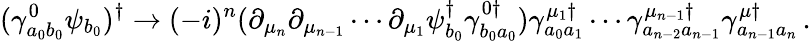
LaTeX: (\gamma_{a_{0}b_{0}}^{0}\psi_{b_{0}})^{\dagger}\rightarrow(-i)^{n}(\partial_{\mu_{n}}\partial_{\mu_{n-1}}\cdots\partial_{\mu_{1}}\psi_{b_{0}}^{\dagger}\gamma_{b_{0}a_{0}}^{0\dagger})\gamma_{a_{0}a_{1}}^{\mu_{1}\dagger}\cdots\gamma_{a_{n-2}a_{n-1}}^{\mu_{n-1}\dagger}\gamma_{a_{n-1}a_{n}}^{\mu\dagger}\, .